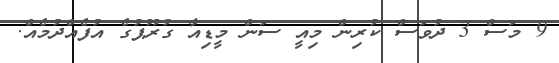
9 މަސް 3 ދުވަސް ކުރިން މިއީ ސަން މީޑިއާ ގުރޫޕުގެ އުފެއްދުމެއް.